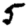
Digit: 5